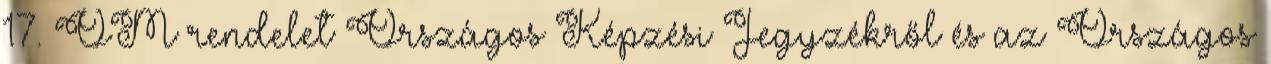
17. OM rendelet Országos Képzési Jegyzékről és az Országos